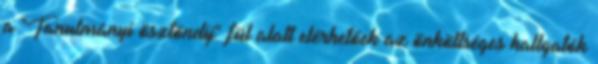
a "Tanulmányi ösztöndíj" fül alatt elérhetőek az önköltséges hallgatók